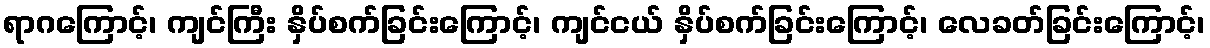
ရာဂကြောင့်၊ ကျင်ကြီး နှိပ်စက်ခြင်းကြောင့်၊ ကျင်ငယ် နှိပ်စက်ခြင်းကြောင့်၊ လေခတ်ခြင်းကြောင့်၊